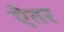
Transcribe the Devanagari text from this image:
ऐतर